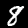
Digit: 8